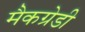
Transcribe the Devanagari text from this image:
मैकग्रेडी